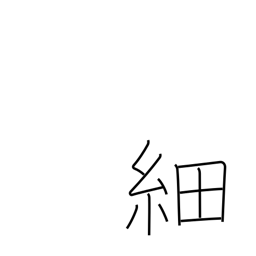
Meaning: slender